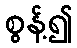
စွန့်၍